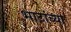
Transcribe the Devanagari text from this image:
भाटांच्या